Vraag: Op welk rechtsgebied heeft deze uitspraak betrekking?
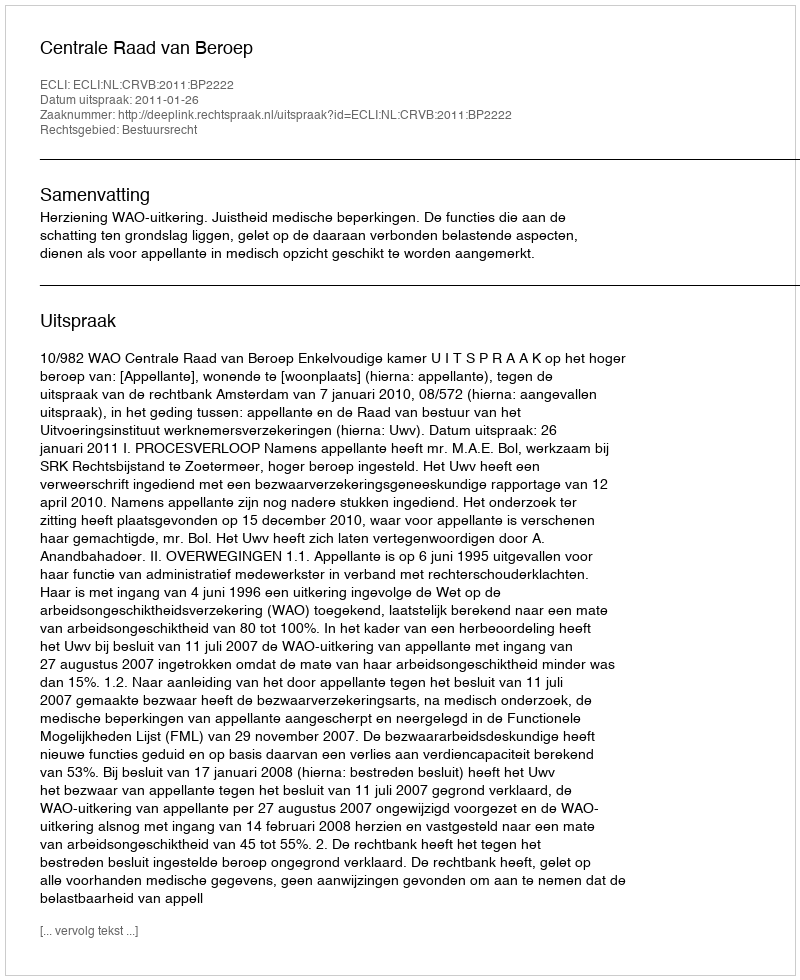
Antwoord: Bestuursrecht